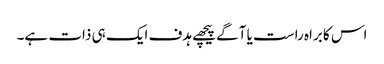
اس کا براہ راست یا آگے پیچھے ہدف ایک ہی ذات ہے۔